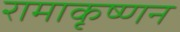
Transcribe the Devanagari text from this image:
रामाकृष्णन